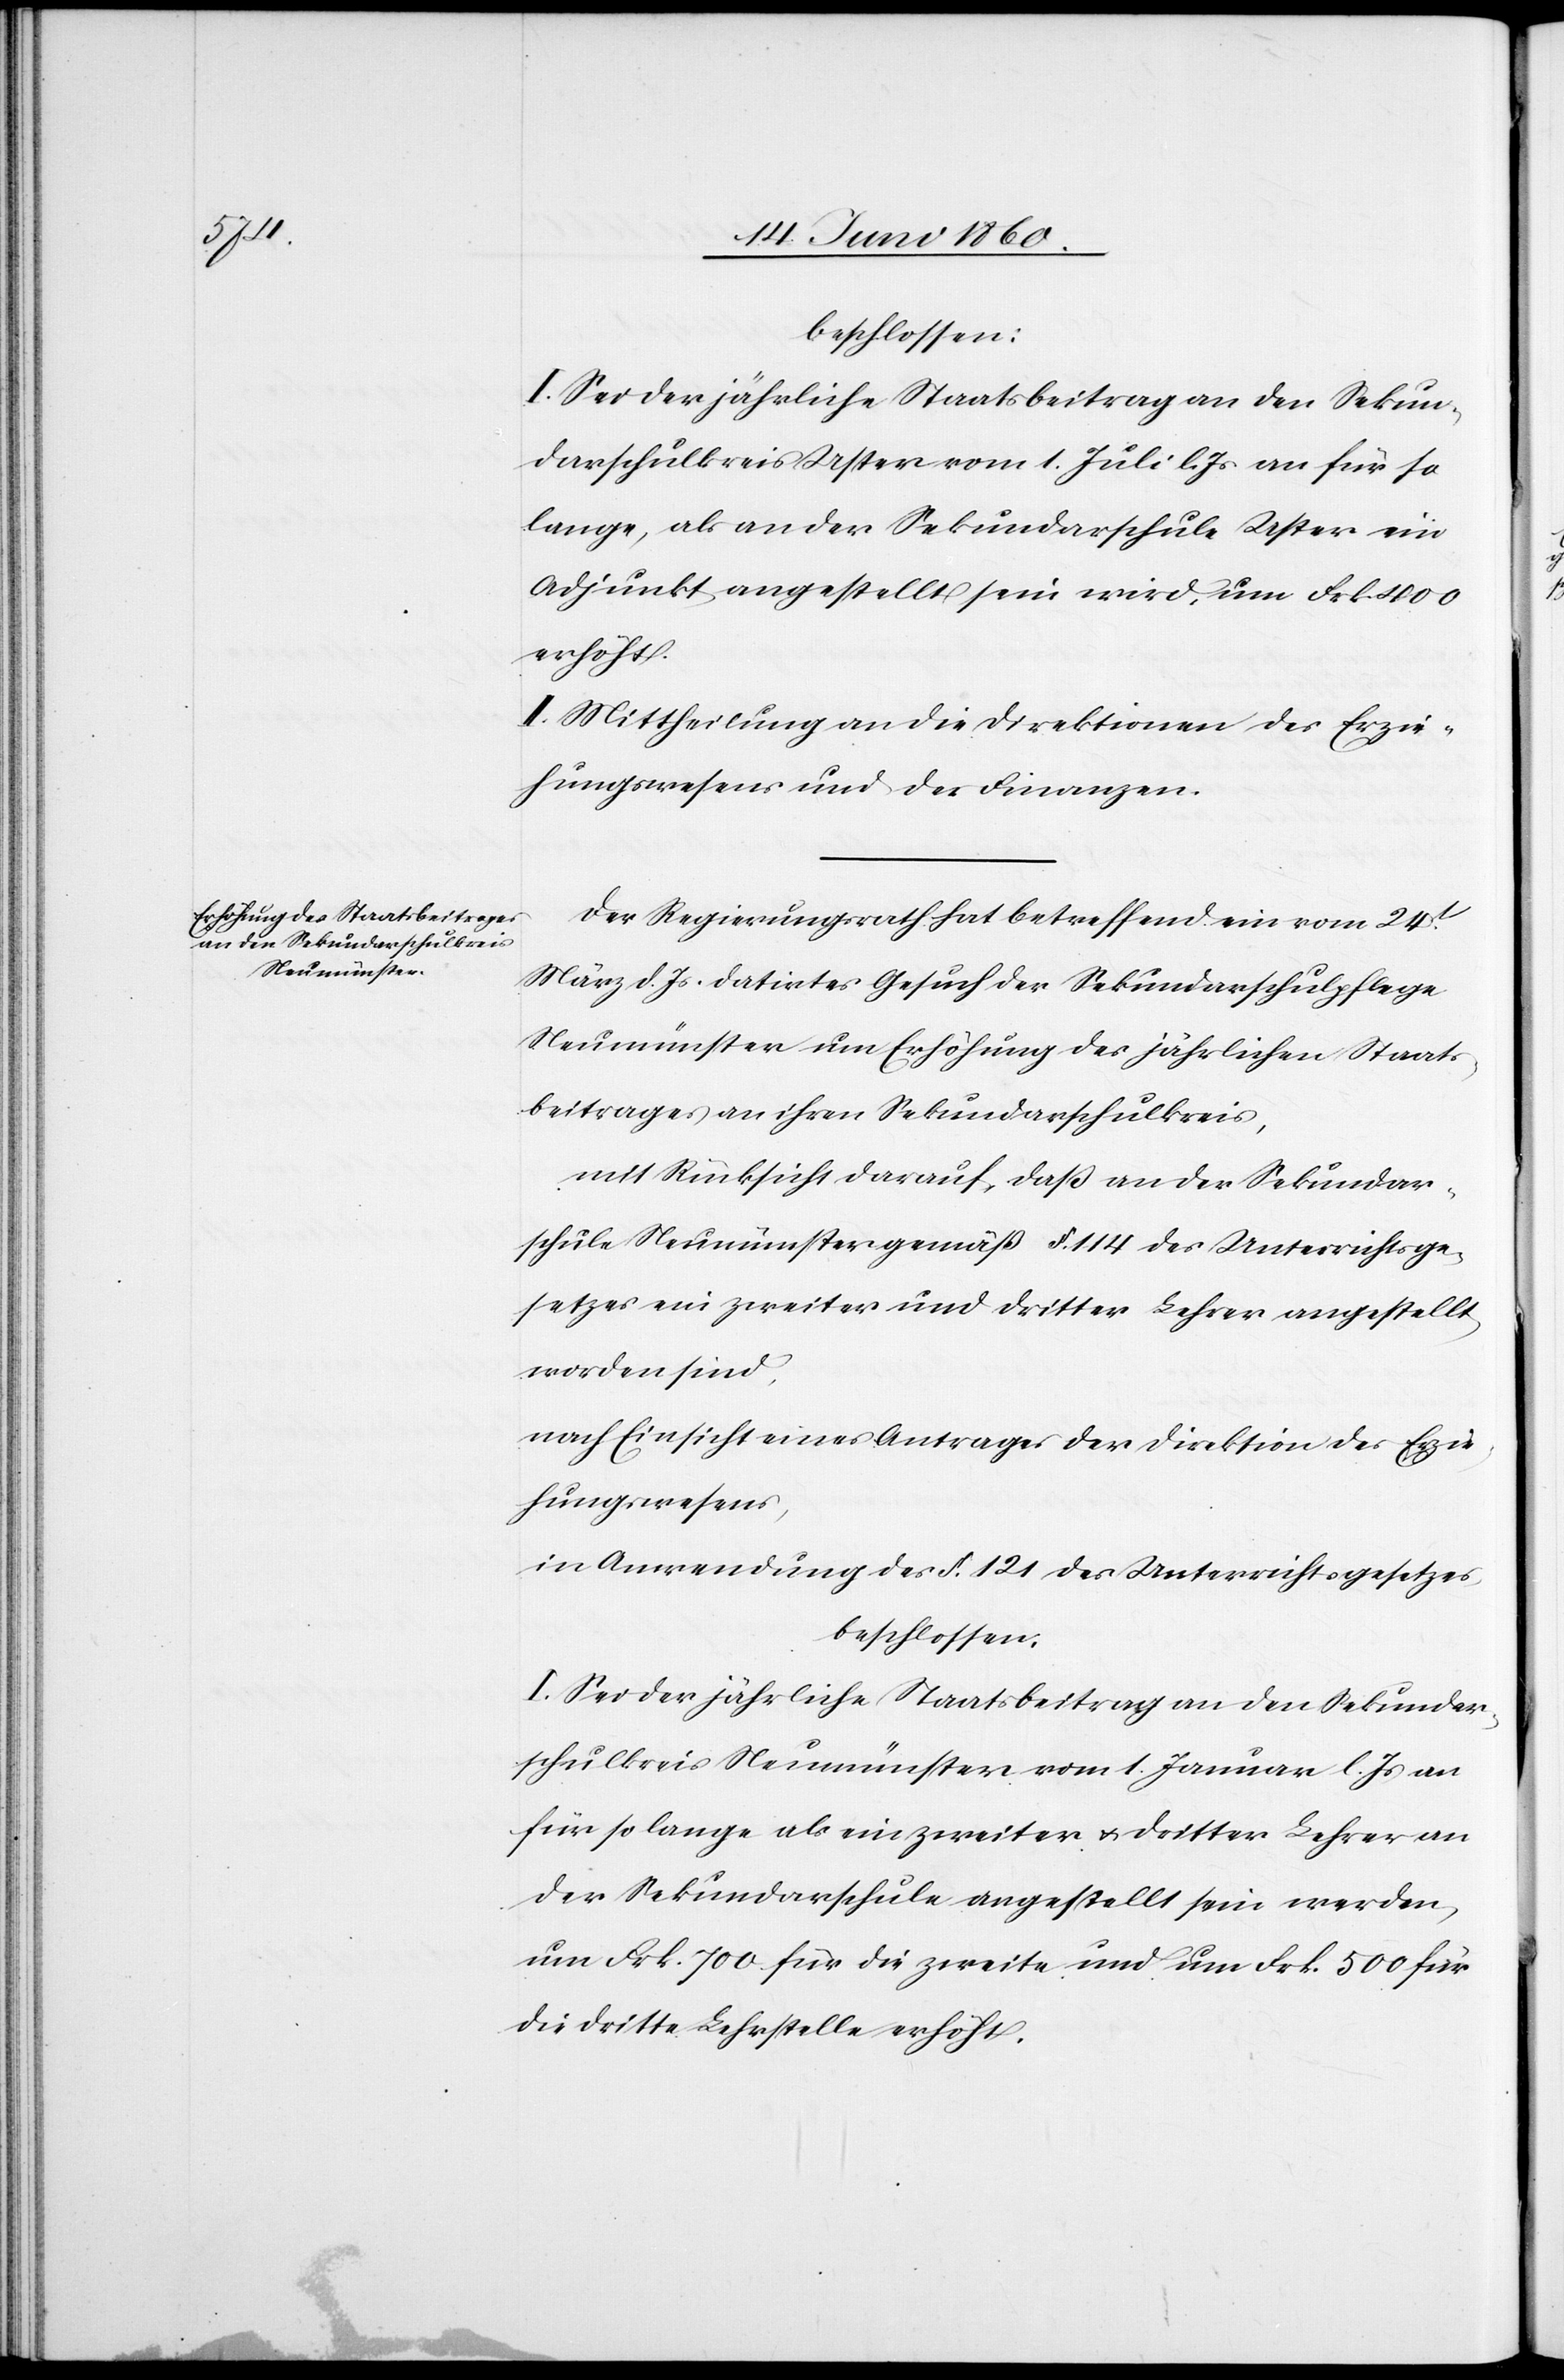
beschlossen:
I. Sei der jährliche Staatsbeitrag an den Sekun¬
darschulkreis Uster vom 1. Juli l. Js. an für so
lange, als an der Sekundarschule Uster ein
Adjunkt angestellt sein wird, um Frk. 400
erhöht.
II. Mittheilung an die Direktionen des Erzie¬
hungswesens und der Finanzen.
Der Regierungsrath hat betreffend ein vom 24t
März d. Js. datirtes Gesuch der Sekundarschulpflege
Neumünster um Erhöhung des jährlichen Staats¬
beitrages an ihren Sekundarschulkreis,
mit Rücksicht darauf, dass an der Sekundar¬
schule Neumünster gemäss §. 114 des Unterrichtsge¬
setzes ein zweiter und dritter Lehrer angestellt
worden sind,
nach Einsicht eines Antrages der Direktion des Erzie¬
hungswesens,
in Anwendung des §. 121. des Unterrichtsgesetzes,
beschlossen:
I. Sei der jährliche Staatsbeitrag an den Sekundar¬
schulkreis Neumünster vom 1. Januar l. Js. an
für so lange als ein zweiter u. dritter Lehrer an
der Sekundarschule angestellt sein werden,
um Frk. 700 für die zweite und um Frk. 500 für
die dritte Lehrstelle erhöht.